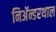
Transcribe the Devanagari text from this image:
निअॅन्डरथाल